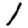
Digit: 1